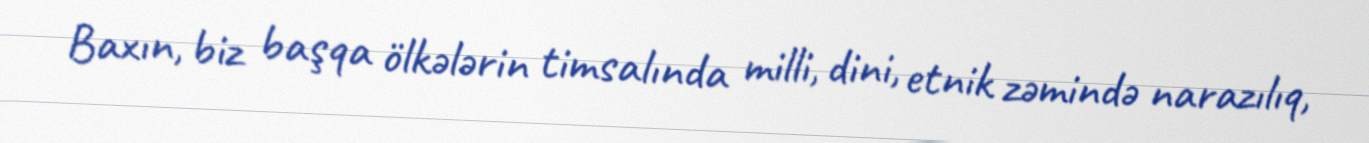
Baxın, biz başqa ölkələrin timsalında milli, dini, etnik zəmində narazılıq,